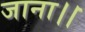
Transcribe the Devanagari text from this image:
जाना।।